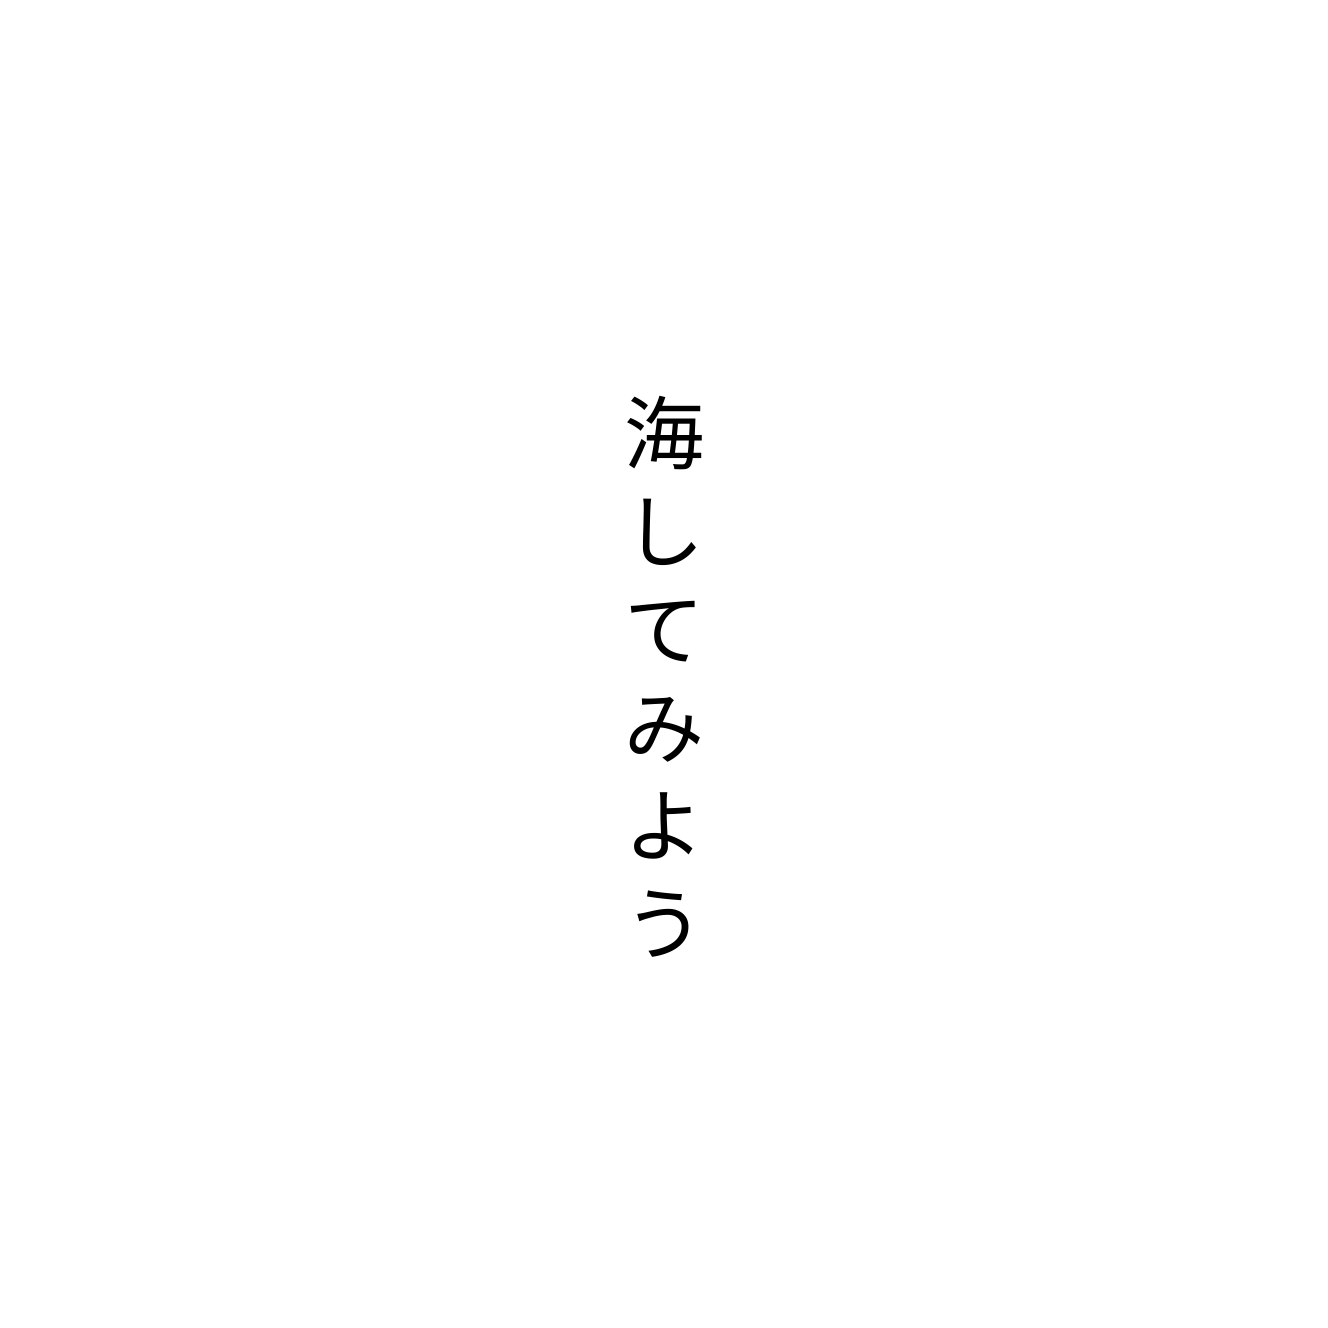
海してみよう